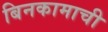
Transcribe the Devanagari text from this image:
बिनकामाची